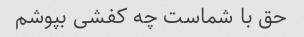
حق با شماست چه کفشی بپوشم